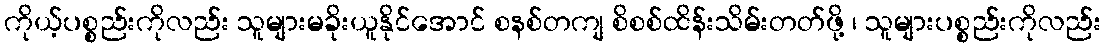
ကိုယ့်ပစ္စည်းကိုလည်း သူများမခိုးယူနိုင်အောင် စနစ်တကျ စိစစ်ထိန်းသိမ်းတတ်ဖို့ ၊ သူများပစ္စည်းကိုလည်း